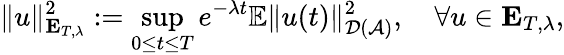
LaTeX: \Vert u\Vert_{\mathbf{E}_{T,\lambda}}^{2}:=\underset{0\leq t\leq T}{\operatorname*{sup}}e^{-\lambda t}{\mathbb{E}\Vert u(t)\Vert_{\mathcal{D}(\mathcal{A})}^{2}},\quad\forall u\in\mathbf{E}_{T,\lambda},